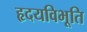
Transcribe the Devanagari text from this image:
हृदयविभूति